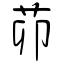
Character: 茆